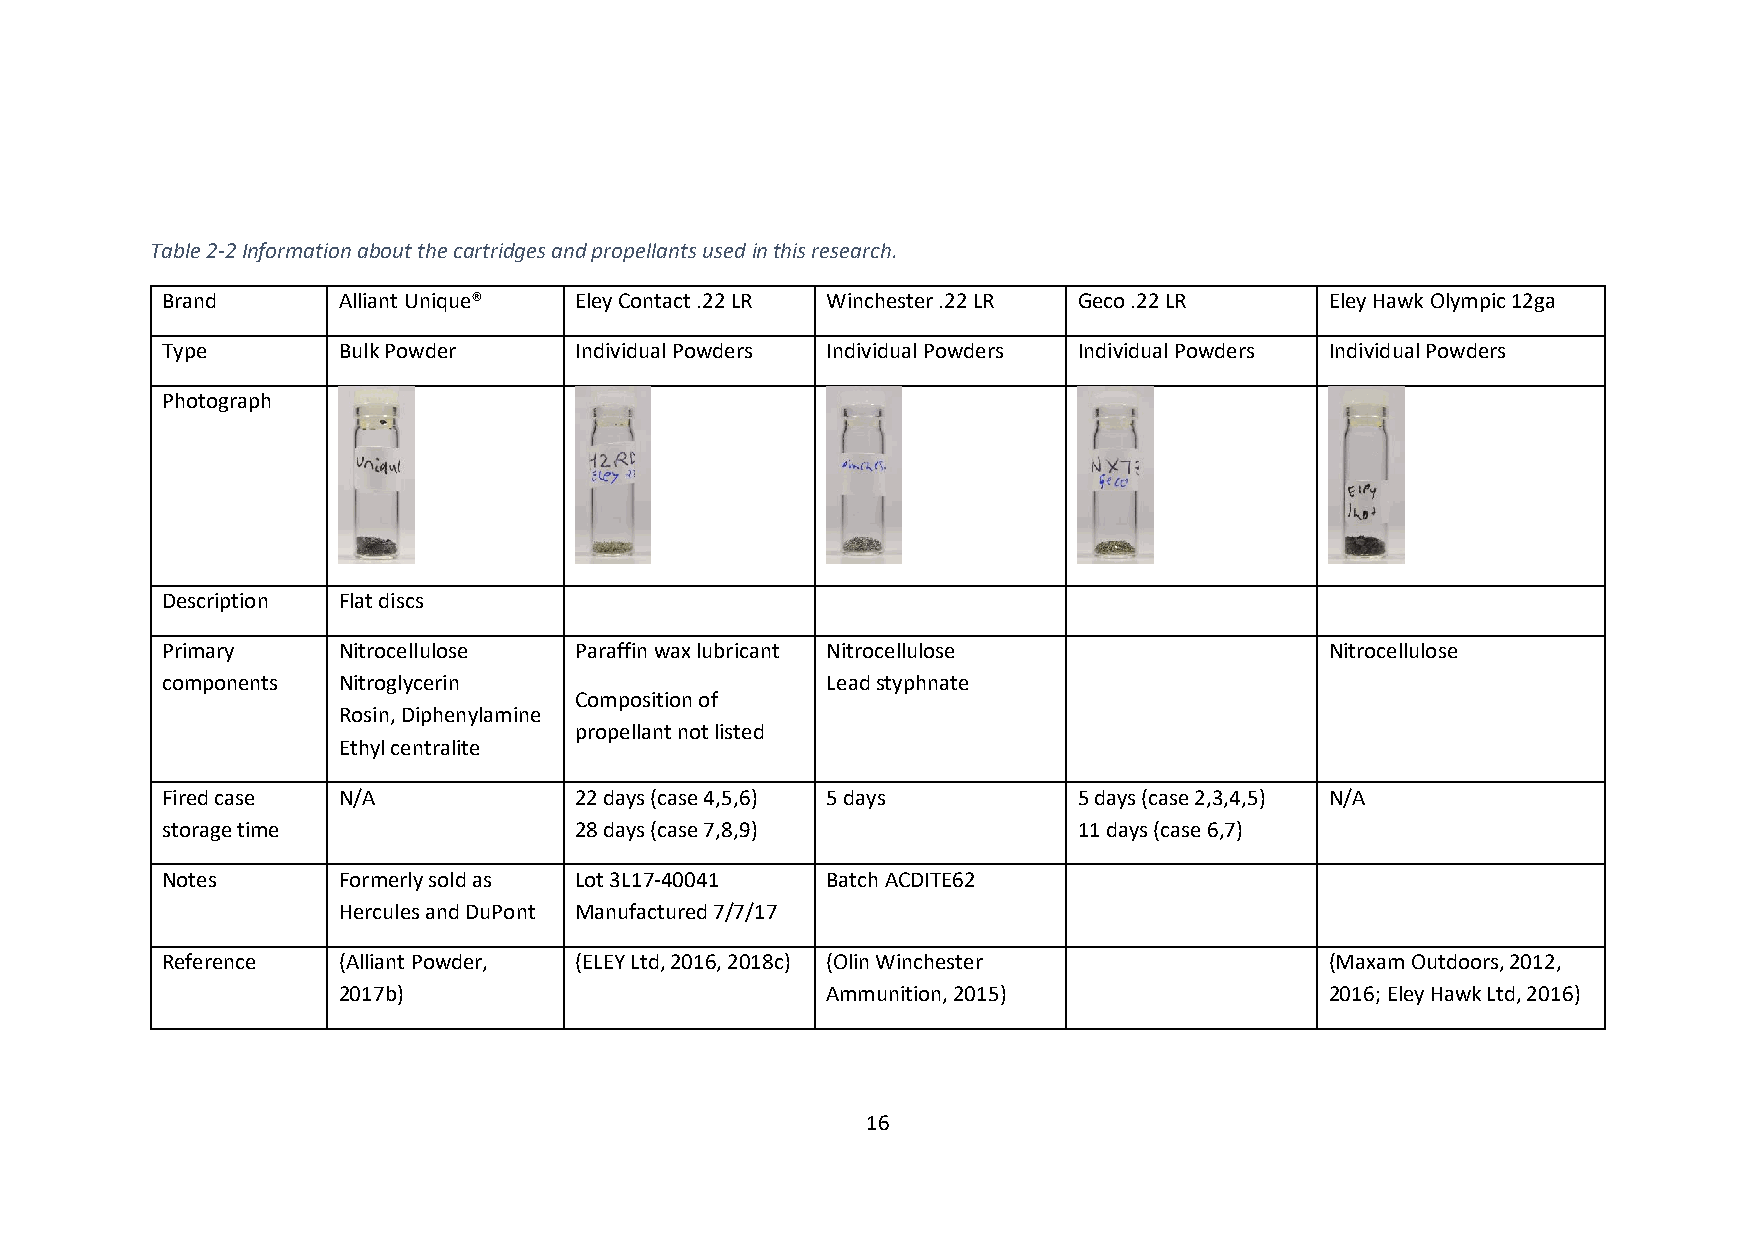
Table 2-2 Information about the cartridges and propellants used in this research.
 Brand      Alliant Unique® Eley Contact .22 LR Winchester .22 LR Geco .22 LR Eley Hawk Olympic 12ga
 Type       Bulk Powder     Individual Powders Individual Powders Individual Powders Individual Powders
 Photograph
 Description Flat discs
 Primary    Nitrocellulose  Paraffin wax lubricant Nitrocellulose             Nitrocellulose
 components Nitroglycerin                    Lead styphnate
 Composition of
 Rosin, Diphenylamine
 propellant not listed
 Ethyl centralite
 Fired case N/A             22 days (case 4,5,6) 5 days      5 days (case 2,3,4,5) N/A
 storage time               28 days (case 7,8,9)             11 days (case 6,7)
 Notes      Formerly sold as Lot 3L17-40041  Batch ACDITE62
 Hercules and DuPont Manufactured 7/7/17
 Reference  (Alliant Powder, (ELEY Ltd, 2016, 2018c) (Olin Winchester         (Maxam Outdoors, 2012,
 2017b)                           Ammunition, 2015)                2016; Eley Hawk Ltd, 2016)
 16